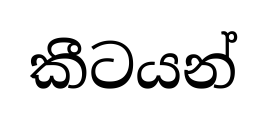
කීටයන්